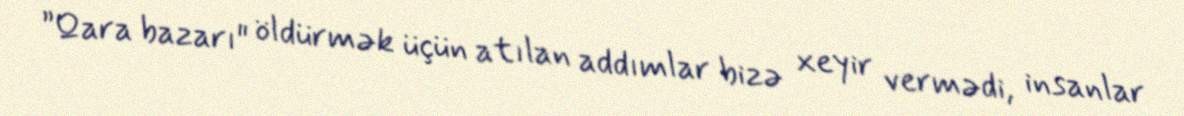
”Qara bazarı" öldürmək üçün atılan addımlar bizə xeyir vermədi, insanlar